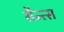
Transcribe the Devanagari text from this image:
सैन्त्स